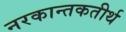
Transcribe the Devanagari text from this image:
नरकान्तकतीर्थ